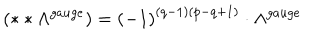
\left( * * \Lambda ^ { g a u g e } \right) = \left( - 1 \right) ^ { \left( q - 1 \right) \left( p - q + 1 \right) } \cdot \Lambda ^ { g a u g e }